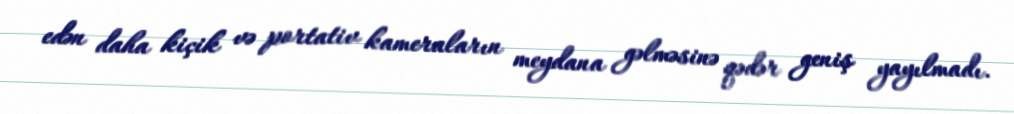
edən daha kiçik və portativ kameraların meydana gəlməsinə qədər geniş yayılmadı.